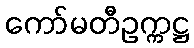
ကော်မတီဥက္ကဋ္ဌ